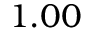
1 . 0 0